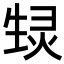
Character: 𬎶